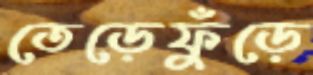
তেড়েফুঁড়ে